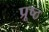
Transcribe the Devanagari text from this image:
प्रूष्ठ